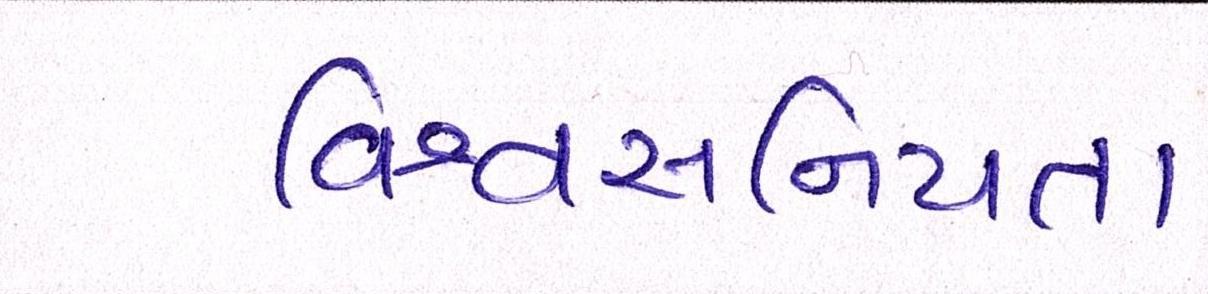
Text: વિશ્વસનિયતા